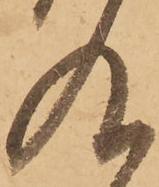
及